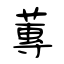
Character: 蓴